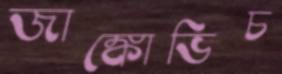
জাঙ্কোভিচ